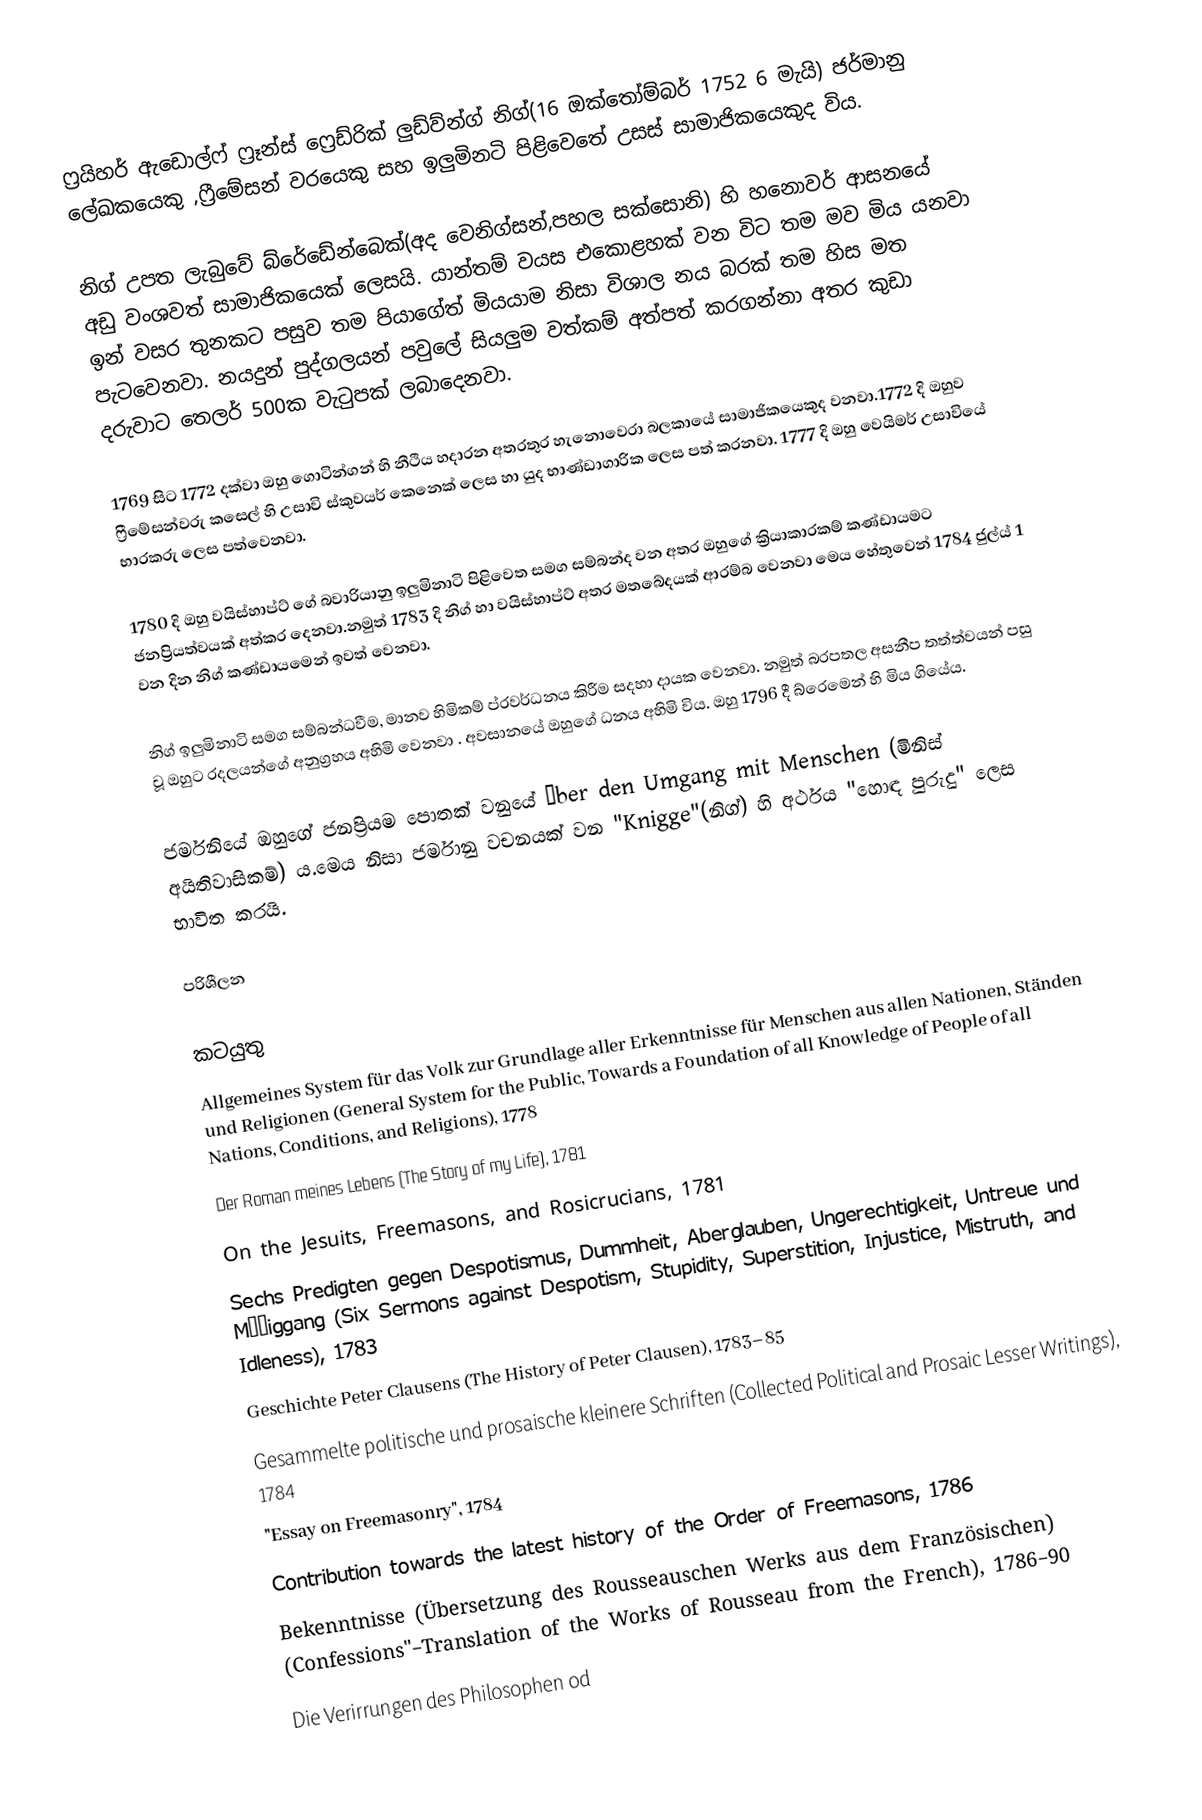
ෆ්‍රයිහර් ඇඩොල්ෆ් ෆ්‍රෑන්ස් ෆ්‍රෙඩ්රික් ලුඩ්ව්න්ග් නිග්(16 ඔක්තෝම්බර් 1752 6 මැයි) ජර්මානු ලේඛකයෙකු ,ෆ්‍රීමේසන් වරයෙකු සහ ඉලුමිනටි පිළිවෙතේ උසස් සාමාජිකයෙකුද විය.

නිග් උපත ලැබුවේ බ්රේඩේන්බෙක්(අද වෙනිග්සන්,පහල සක්සොනි) හි හනොවර් ආසනයේ අඩු වංශවත් සාමාජිකයෙක් ලෙසයි. යාන්තම් වයස එකොළහක් වන විට තම මව මිය යනවා ඉන් වසර තුනකට පසුව තම පියාගේත් මියයාම නිසා විශාල නය බරක් තම හිස මත පැටවෙනවා. නයදුන් පුද්ගලයන් පවුලේ සියලුම වත්කම් අත්පත් කරගන්නා අතර කුඩා දරුවාට තෙලර් 500ක වැටුපක් ලබාදෙනවා.

1769 සිට 1772 දක්වා ඔහු ගොටින්ගන් හි නීථිය හදාරන අතරතුර හැනොවෙරා බලකායේ සාමාජිකයෙකුද වනවා.1772 දි ඔහුව ෆ්‍රීමේසන්වරු කසෙල් හි උසාවි ස්කුවයර් කෙනෙක් ලෙස හා යුද භාණ්ඩාගාරික ලෙස පත් කරනවා. 1777 දි ඔහු වෙයිමර් උසාවියේ භාරකරු ලෙස පත්වෙනවා.

1780 දි ඔහු වයිස්හාප්ට් ගේ බවාරියානු ඉලුමිනාටි පිළිවෙත සමග සම්බන්ද වන අතර ඔහුගේ ක්‍රියාකාරකම් කණ්ඩායමට ජනප්‍රියත්වයක් අත්කර දෙනවා.නමුත් 1783 දි නිග් හා වයිස්හාප්ට් අතර මතබේදයක් ආරම්බ වෙනවා මෙය හේතුවෙන් 1784 ජුල්ය් 1 වන දින නිග් කණ්ඩායමෙන් ඉවත් වෙනවා.

 නිග් ඉලුමිනාටි සමග සම්බන්ධවීම, මානව හිමිකම් ප්රවර්ධනය කිරීම සදහා දායක වෙනවා. නමුත් බරපතල අසනීප තත්ත්වයන් පසු වූ ඔහුට  රදලයන්ගේ අනුග්‍රහය අහිමි වෙනවා . අවසානයේ ඔහුගේ ධනය අහිමි විය. ඔහු 1796 දී බ්රෙමෙන් හි  මිය ගියේය.

ජර්මනියේ ඔහුගේ ජනප්‍රියම පොතක් වනුයේ Über den Umgang mit Menschen (මිනිස් අයිතිවාසිකම්) ය.මෙය නිසා ජර්මානු වචනයක් වන "Knigge"(නිග්) හි අර්ථය  "හොඳ පුරුදු" ලෙස භාවිත කරයි.

පරිශීලන

කටයුතු
 Allgemeines System für das Volk zur Grundlage aller Erkenntnisse für Menschen aus allen Nationen, Ständen und Religionen (General System for the Public, Towards a Foundation of all Knowledge of People of all Nations, Conditions, and Religions), 1778
 Der Roman meines Lebens (The Story of my Life), 1781
 On the Jesuits, Freemasons, and Rosicrucians, 1781
 Sechs Predigten gegen Despotismus, Dummheit, Aberglauben, Ungerechtigkeit, Untreue und Müßiggang (Six Sermons against Despotism, Stupidity, Superstition, Injustice, Mistruth, and Idleness), 1783
 Geschichte Peter Clausens (The History of Peter Clausen), 1783–85
 Gesammelte politische und prosaische kleinere Schriften (Collected Political and Prosaic Lesser Writings), 1784
 "Essay on Freemasonry", 1784
 Contribution towards the latest history of the Order of Freemasons, 1786
 Bekenntnisse (Übersetzung des Rousseauschen Werks aus dem Französischen) (Confessions"–Translation of the Works of Rousseau from the French), 1786–90
 Die Verirrungen des Philosophen od